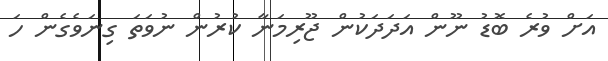
އަށް ވުރެ ބޮޑު ނޫން އަދަދަކުން ޖޫރިމަނާ ކުރުން ނުވަތަ ގިނަވެގެން ހަ